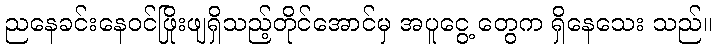
ညနေခင်းနေဝင်ဖြိုးဖျရှိသည့်တိုင်အောင်မှ အပူငွေ့ တွေက ရှိနေသေး သည်။